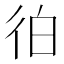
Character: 𰐭